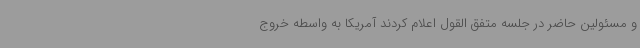
و مسئولین حاضر در جلسه متفق القول اعلام کردند آمریکا به واسطه خروج